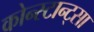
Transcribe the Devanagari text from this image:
कोन्स्टान्ट्सा